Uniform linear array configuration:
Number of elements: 48
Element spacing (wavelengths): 0.5
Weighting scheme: binomial
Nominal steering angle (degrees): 60
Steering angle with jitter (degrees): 61.913
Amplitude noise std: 0.05
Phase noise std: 0.05

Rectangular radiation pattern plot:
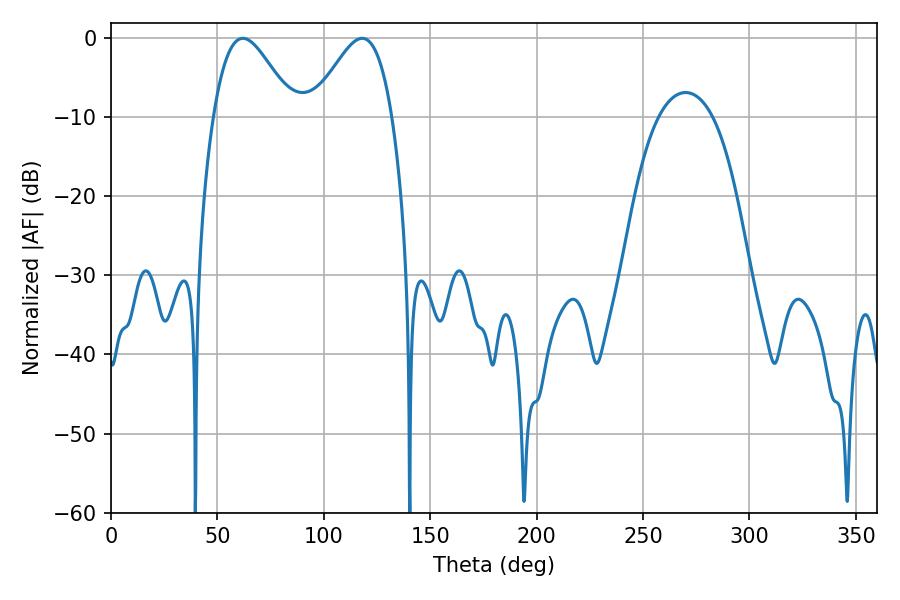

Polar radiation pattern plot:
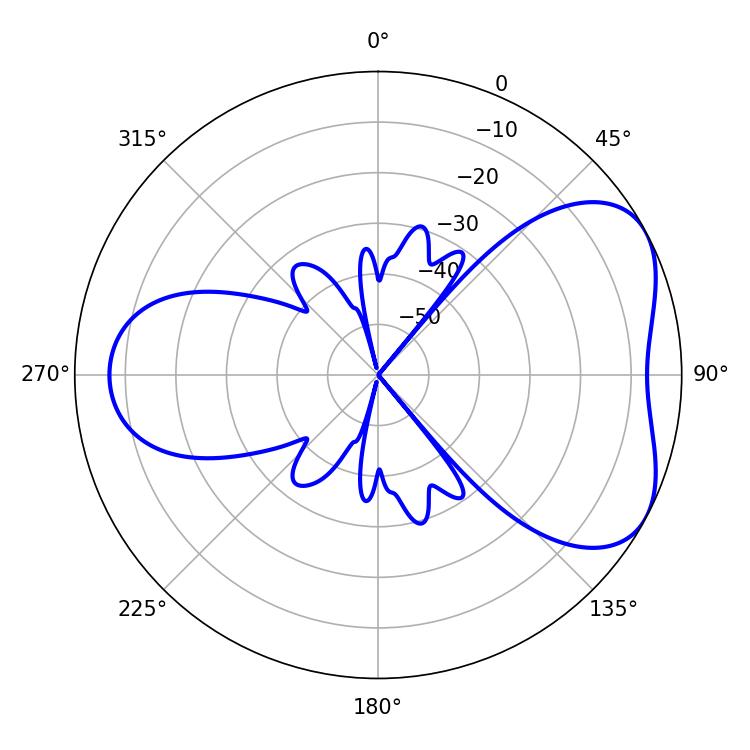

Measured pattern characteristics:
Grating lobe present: FALSE
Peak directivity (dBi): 5.09
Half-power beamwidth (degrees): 19.8
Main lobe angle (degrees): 61.92